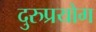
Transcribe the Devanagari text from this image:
दुरुप्रयोग